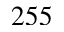
2 5 5